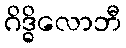
ဂိဒ္ဓိလောဘီ